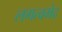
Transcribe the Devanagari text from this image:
लगत्वभेद